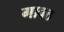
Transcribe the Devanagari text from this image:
गावठ